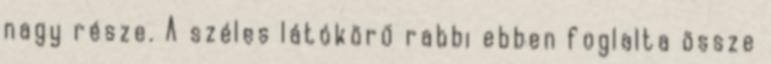
nagy része. A széles látókörű rabbi ebben foglalta össze